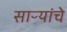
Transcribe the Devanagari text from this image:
साऱ्यांचे